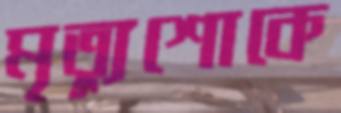
মৃত্যুশোকে